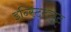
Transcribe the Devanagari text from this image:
इन्स्टिट्यूट